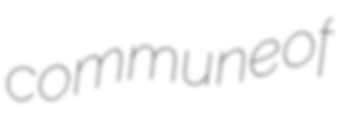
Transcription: commune of